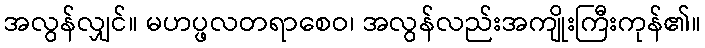
အလွန်လျှင်။ မဟပ္ဖလတရာစေဝ၊ အလွန်လည်းအကျိုးကြီးကုန်၏။